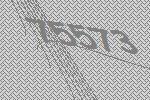
75573